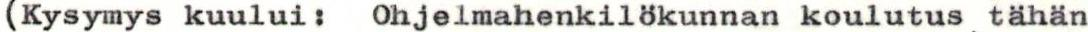
(Kysymys kuului: Ohjelmahenkilökunnan koulutus tähän